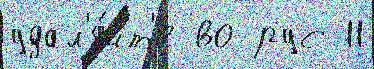
удал'я́йт'е во рус 11